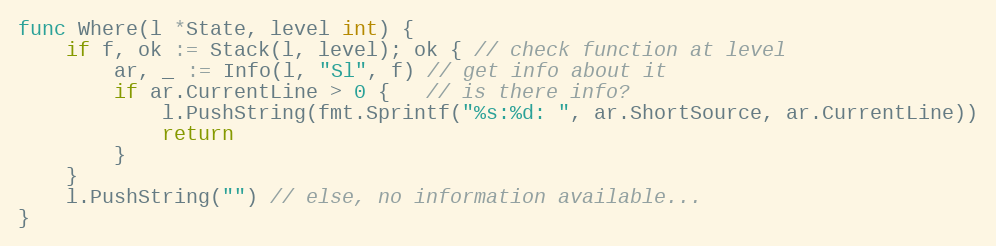
Language: Go
func Where(l *State, level int) {
	if f, ok := Stack(l, level); ok { // check function at level
		ar, _ := Info(l, "Sl", f) // get info about it
		if ar.CurrentLine > 0 {   // is there info?
			l.PushString(fmt.Sprintf("%s:%d: ", ar.ShortSource, ar.CurrentLine))
			return
		}
	}
	l.PushString("") // else, no information available...
}